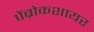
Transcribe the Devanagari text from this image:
पेंब्रोकशायर